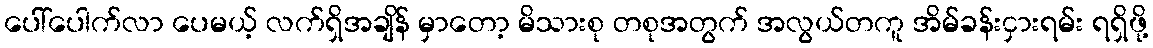
ပေါ်ပေါက်လာ ပေမယ့် လက်ရှိအချိန် မှာတော့ မိသားစု တစုအတွက် အလွယ်တကူ အိမ်ခန်းငှားရမ်း ရရှိဖို့